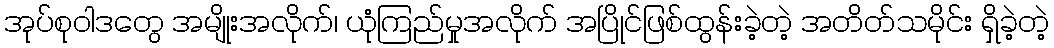
အုပ်စုဝါဒတွေ အမျိုးအလိုက်၊ ယုံကြည်မှုအလိုက် အပြိုင်ဖြစ်ထွန်းခဲ့တဲ့ အတိတ်သမိုင်း ရှိခဲ့တဲ့